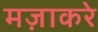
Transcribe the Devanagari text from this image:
मज़ाकरे